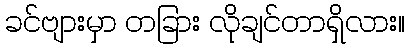
ခင်ဗျားမှာ တခြား လိုချင်တာရှိလား။